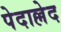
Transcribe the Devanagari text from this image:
पेदाल्लेद